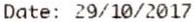
DATE: 29/10/2017